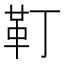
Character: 靪